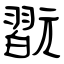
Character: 翫